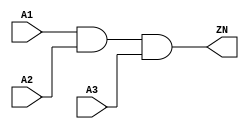
module AND3_X2 (A1, A2, A3, ZN);
  input A1;
  input A2;
  input A3;
  output ZN;
  and(ZN, i_4, A3);
  and(i_4, A1, A2);
  specify
    (A1 => ZN) = (0.1, 0.1);
    (A2 => ZN) = (0.1, 0.1);
    (A3 => ZN) = (0.1, 0.1);
  endspecify
endmodule